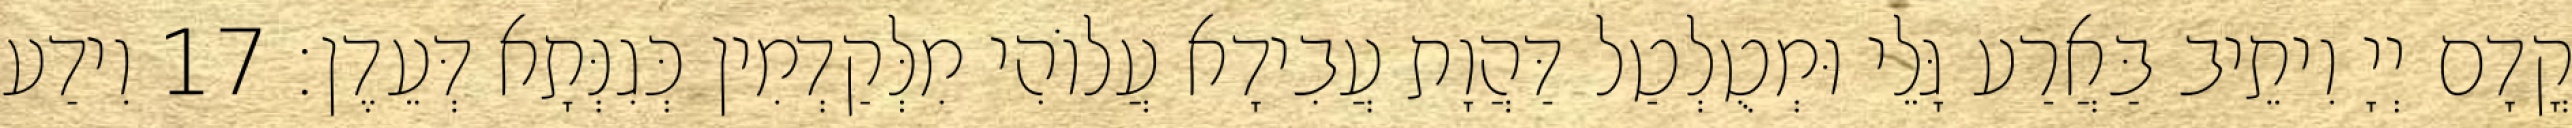
קֳדָם יְיָ וִיתֵיב בַּאֲרַע גָּלֵי וּמְטֻלְטַל דַּהֲוָת עֲבִידָא עֲלוֹהִי מִלְּקַדְמִין כְּגִנְּתָא דְּעֵדֶן׃ 17 וִידַע